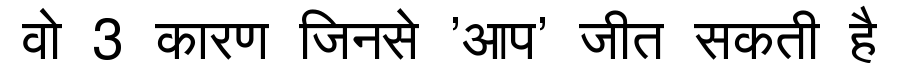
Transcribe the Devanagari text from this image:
वो 3 कारण जिनसे 'आप' जीत सकती है